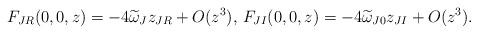
LaTeX: \begin{align*}\begin{aligned}& F _{JR} (0, 0, z) = -4 \widetilde{\omega} _{J } z_{JR}+O(z^3) , \, F _{JI} (0, 0, z) = - 4\widetilde{\omega }_{J 0} z_{JI}+O(z^3).\end{aligned}\end{align*}